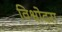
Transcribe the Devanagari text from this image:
विश्वोदरा